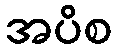
အပိစ